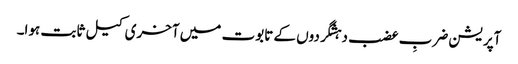
آپریشن ضربِ عضب دہشگردوں کے تابوت میں آخری کیل ثابت ہوا۔